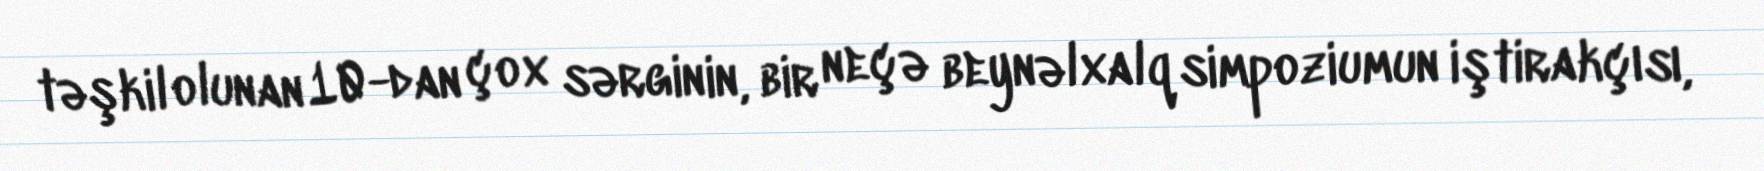
təşkil olunan 10-dan çox sərginin, bir neçə beynəlxalq simpoziumun iştirakçısı,